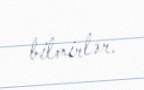
bilmirlər.